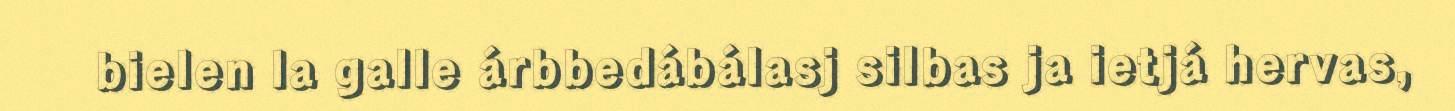
bielen la galle árbbedábálasj silbas ja ietjá hervas,